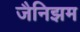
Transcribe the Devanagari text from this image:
जैनिझम